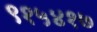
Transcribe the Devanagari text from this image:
९१५४१७